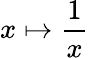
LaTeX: x\mapsto{\frac{1}{x}}